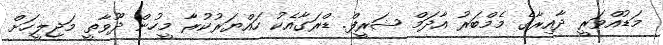
މަޑުއްވަރީ ދާއިރާގެ މެމްބަރު އާދަމް ޝަރީފް. ޑްރަގާއެކު ހައްޔަރުކުރާ މީހުން ދޫވާތީ މަޖިލީހަށް